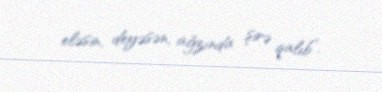
eləsin, deyəsən, ağzında şirə qalıb”.